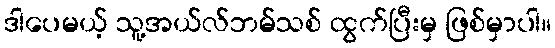
ဒါပေမယ့် သူ့အယ်လ်ဘမ်သစ် ထွက်ပြီးမှ ဖြစ်မှာပါ။